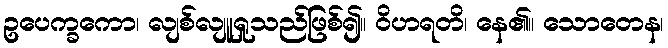
ဥပေက္ခကော၊ လျစ်လျူရှုသည်ဖြစ်၍။ ဝိဟရတိ၊ နေ၏။ သောတေန၊